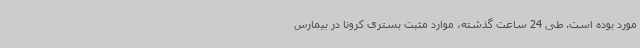
مورد بوده است. طی 24 ساعت گذشته، موارد مثبت بستری کرونا در بیمارس